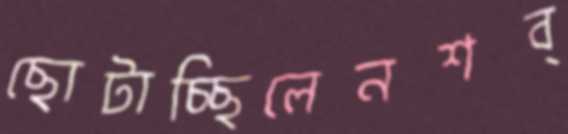
ছোটাচ্ছিলেনশব্